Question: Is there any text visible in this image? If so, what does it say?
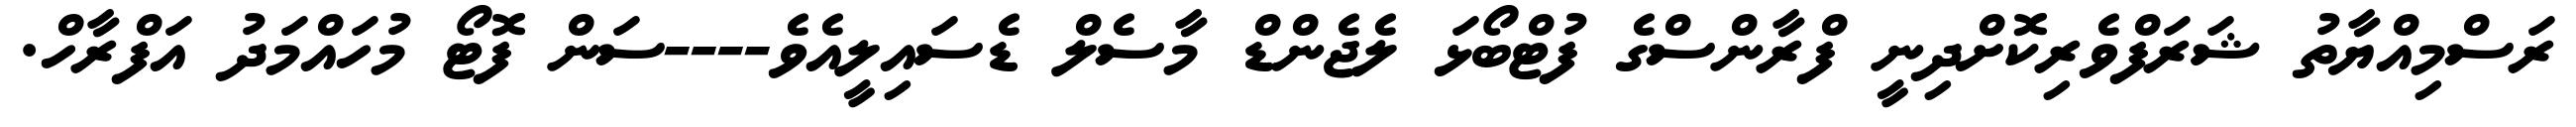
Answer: ރަސްމިއްޔާތު ޝަރަފްވެރިކޮށްދިނީ ފްރާންސްގެ ފުޓްބޯޅަ ލެޖެންޑް މާސެލް ޑެސައިލީއެވެ----ސަން ފޮޓޯ މުހައްމަދު އަފްރާހް.